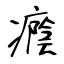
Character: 癊